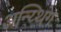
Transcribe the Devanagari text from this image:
अन्य्थिंग